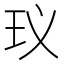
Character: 𮴂